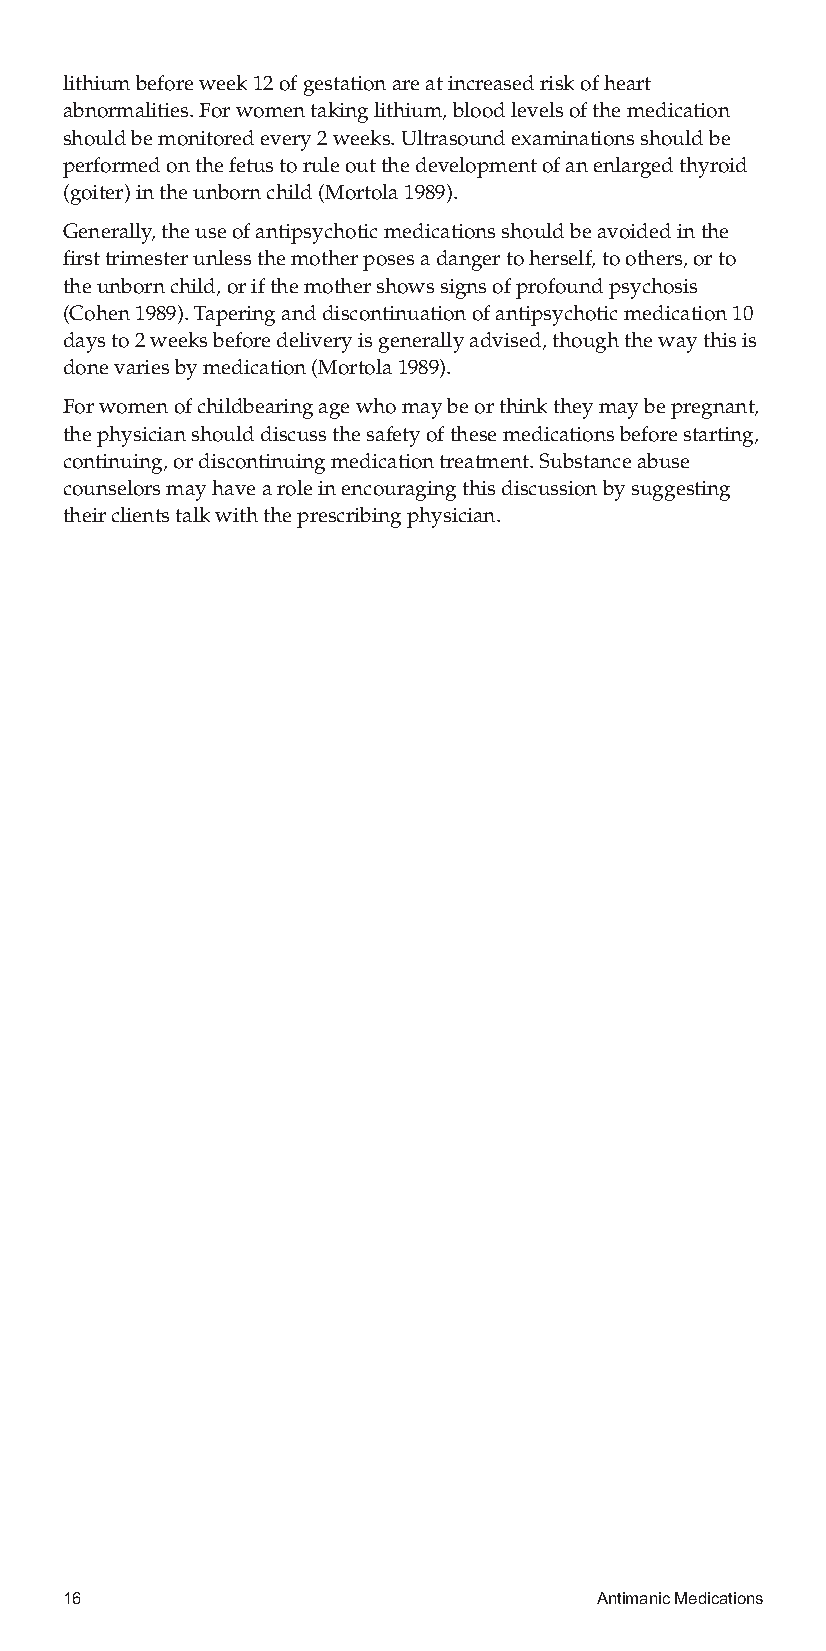
lithiumbeforeweek12ofgestationareatincreasedriskofheart
 abnormalities.Forwomentakinglithium,bloodlevelsofthemedication
 shouldbemonitoredevery2weeks.Ultrasoundexaminationsshouldbe
 performedonthefetustoruleoutthedevelopmentofanenlargedthyroid
 (goiter)intheunbornchild(Mortola1989).
 Generally,theuseofantipsychoticmedicationsshouldbeavoidedinthe
 firsttrimesterunlessthemotherposesadangertoherself,toothers,orto
 theunbornchild,orifthemothershowssignsofprofoundpsychosis
 (Cohen1989).Taperinganddiscontinuationofantipsychoticmedication10
 daysto2weeksbeforedeliveryisgenerallyadvised,thoughthewaythisis
 donevariesbymedication(Mortola1989).
 Forwomenofchildbearingagewhomaybeorthinktheymaybepregnant,
 thephysicianshoulddiscussthesafetyofthesemedicationsbeforestarting,
 continuing,ordiscontinuingmedicationtreatment.Substanceabuse
 counselorsmayhavearoleinencouragingthisdiscussionbysuggesting
 theirclientstalkwiththeprescribingphysician.
 16                                 AntimanicMedications